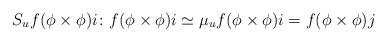
LaTeX: \begin{align*} S_u f (\phi\times\phi) i\colon f(\phi\times\phi) i \simeq \mu_u f (\phi\times\phi) i = f(\phi\times\phi) j \end{align*}